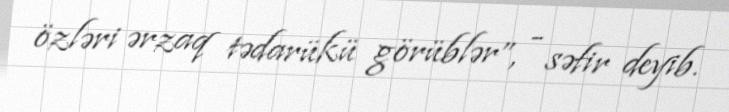
özləri ərzaq tədarükü görüblər”, - səfir deyib.